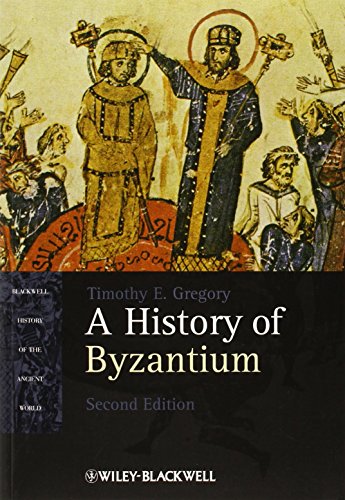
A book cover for A History of Byzantium; Timothy E. Gregory; History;